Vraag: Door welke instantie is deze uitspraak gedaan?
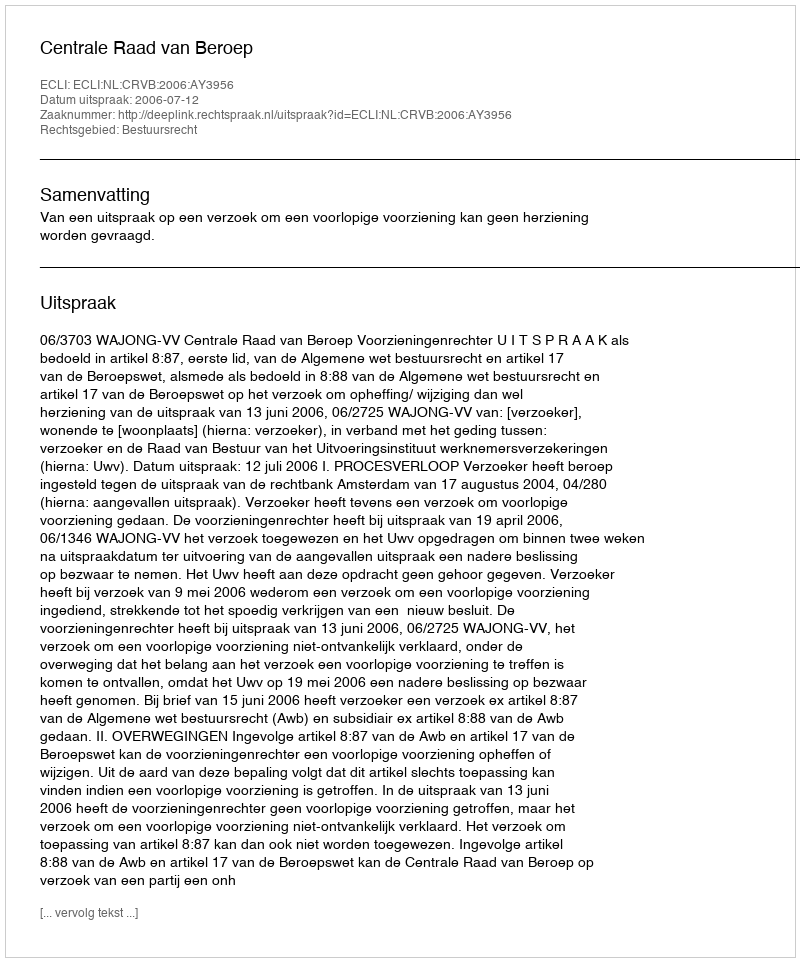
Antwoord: Centrale Raad van Beroep